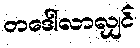
တဒေါ်လာလျှင်